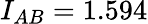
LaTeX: I_{AB}=1.594